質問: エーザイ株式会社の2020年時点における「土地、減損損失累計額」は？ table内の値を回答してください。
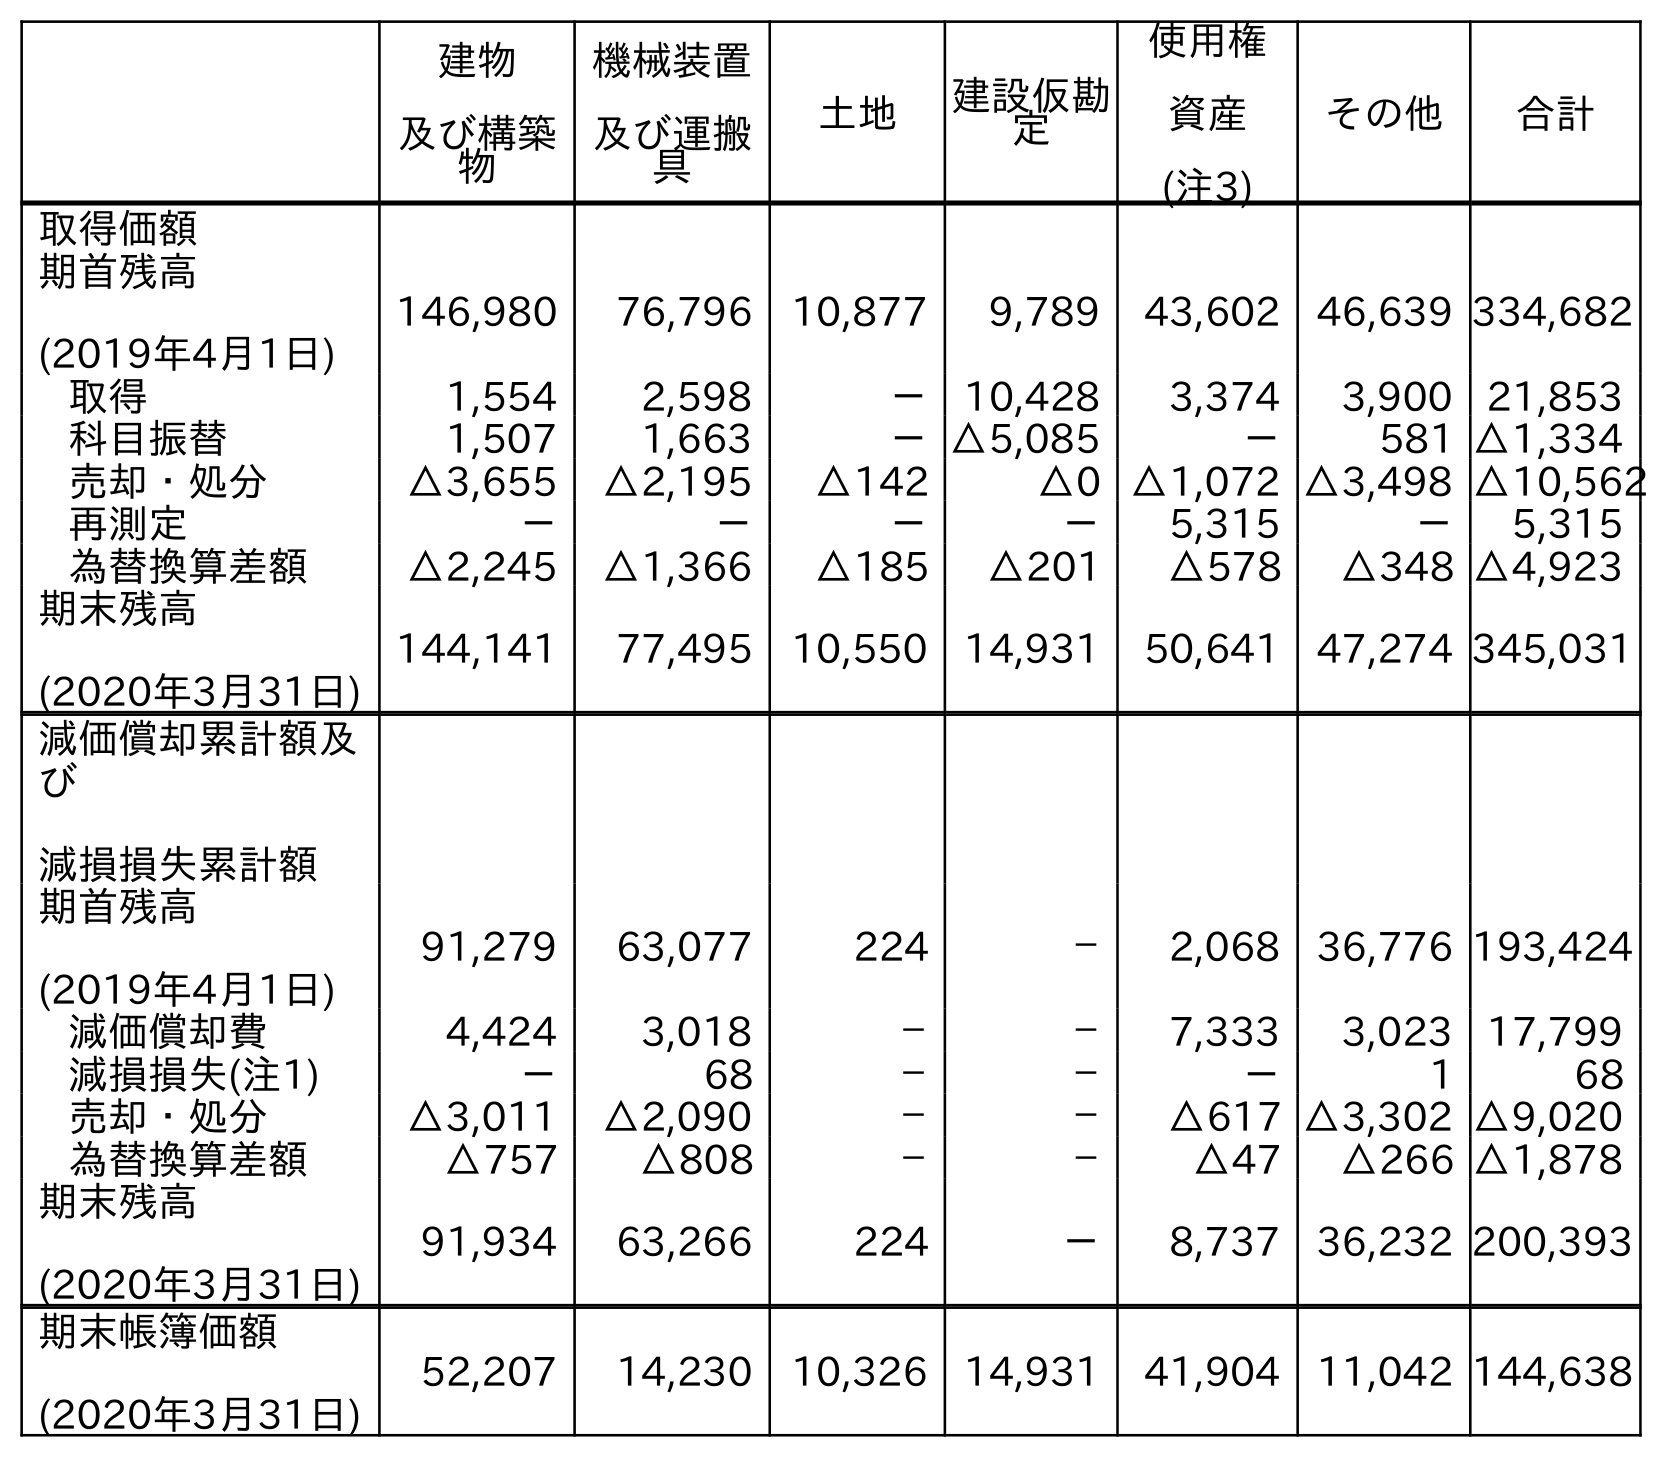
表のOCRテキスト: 建物 及び構築 物 機械装置 及び運搬 具 土地 建設仮勘 定 使用権 資産 (注3) その他 合計 取得価額 期首残高 (2019年4月1日) 146,980 76,796 10,877 9,789 43,602 46,639 334,682 取得 1,554 2,598 － 10,428 3,374 3,900 21,853 科目振替 1,507 1,663 －△5,085 － 581 △1,334 売却・処分 △3,655 △2,195 △142 △0 △1,072 △3,498 △10,562 再測定 － － － － 5,315 － 5,315 為替換算差額 △2,245 △1,366 △185 △201 △578 △348 △4,923 期末残高 (2020年3月31日) 144,141 77,495 10,550 14,931 50,641 47,274 345,031 減価償却累計額及 び 減損損失累計額 期首残高 (2019年4月1日) 91,279 63,077 224 － 2,068 36,776 193,424 減価償却費 4,424 3,018 － － 7,333 3,023 17,799 減損損失(注1) － 68 － － － 1 68 売却・処分 △3,011 △2,090 － － △617 △3,302 △9,020 為替換算差額 △757 △808 － － △47 △266 △1,878 期末残高 (2020年3月31日) 91,934 63,266 224 － 8,737 36,232 200,393 期末帳簿価額 (2020年3月31日) 52,207 14,230 10,326 14,931 41,904 11,042 144,638
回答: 224